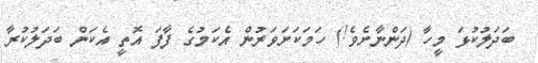
ބަދަލުކުޅަ މީހާ (ދަންނާށެވެ!) ހަމަކަށަވަރުން އެކަމުގެ ފާފަ އޮތީ އެކަން ބަދަލުކުރާ